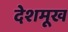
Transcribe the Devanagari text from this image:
देशमूख